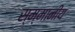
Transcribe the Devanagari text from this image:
स्म्मानीय